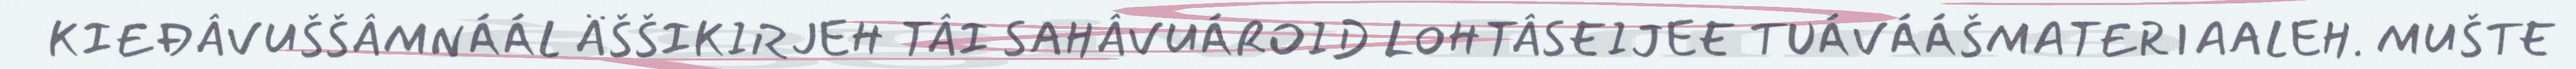
KIEĐÂVUŠŠÂMNÁÁL ÄŠŠIKIRJEH TÂI SAHÂVUÁROID LOHTÂSEIJEE TUÁVÁÁŠMATERIAALEH. MUŠTE